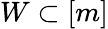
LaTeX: W\subset[m]